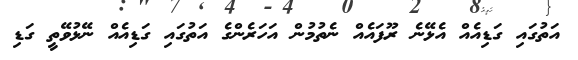
އަތުގައި ގަޑިއެއް އެޅޭނެ ރޫފައެއް ނެތުމުން އަހަރެންގެ އަތުގައި ގަޑިއެއް ނޭޅުވޭތީ ގަޑި